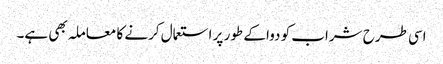
اسی طرح شراب کو دوا کے طور پر استعمال کرنے کا معاملہ بھی ہے۔